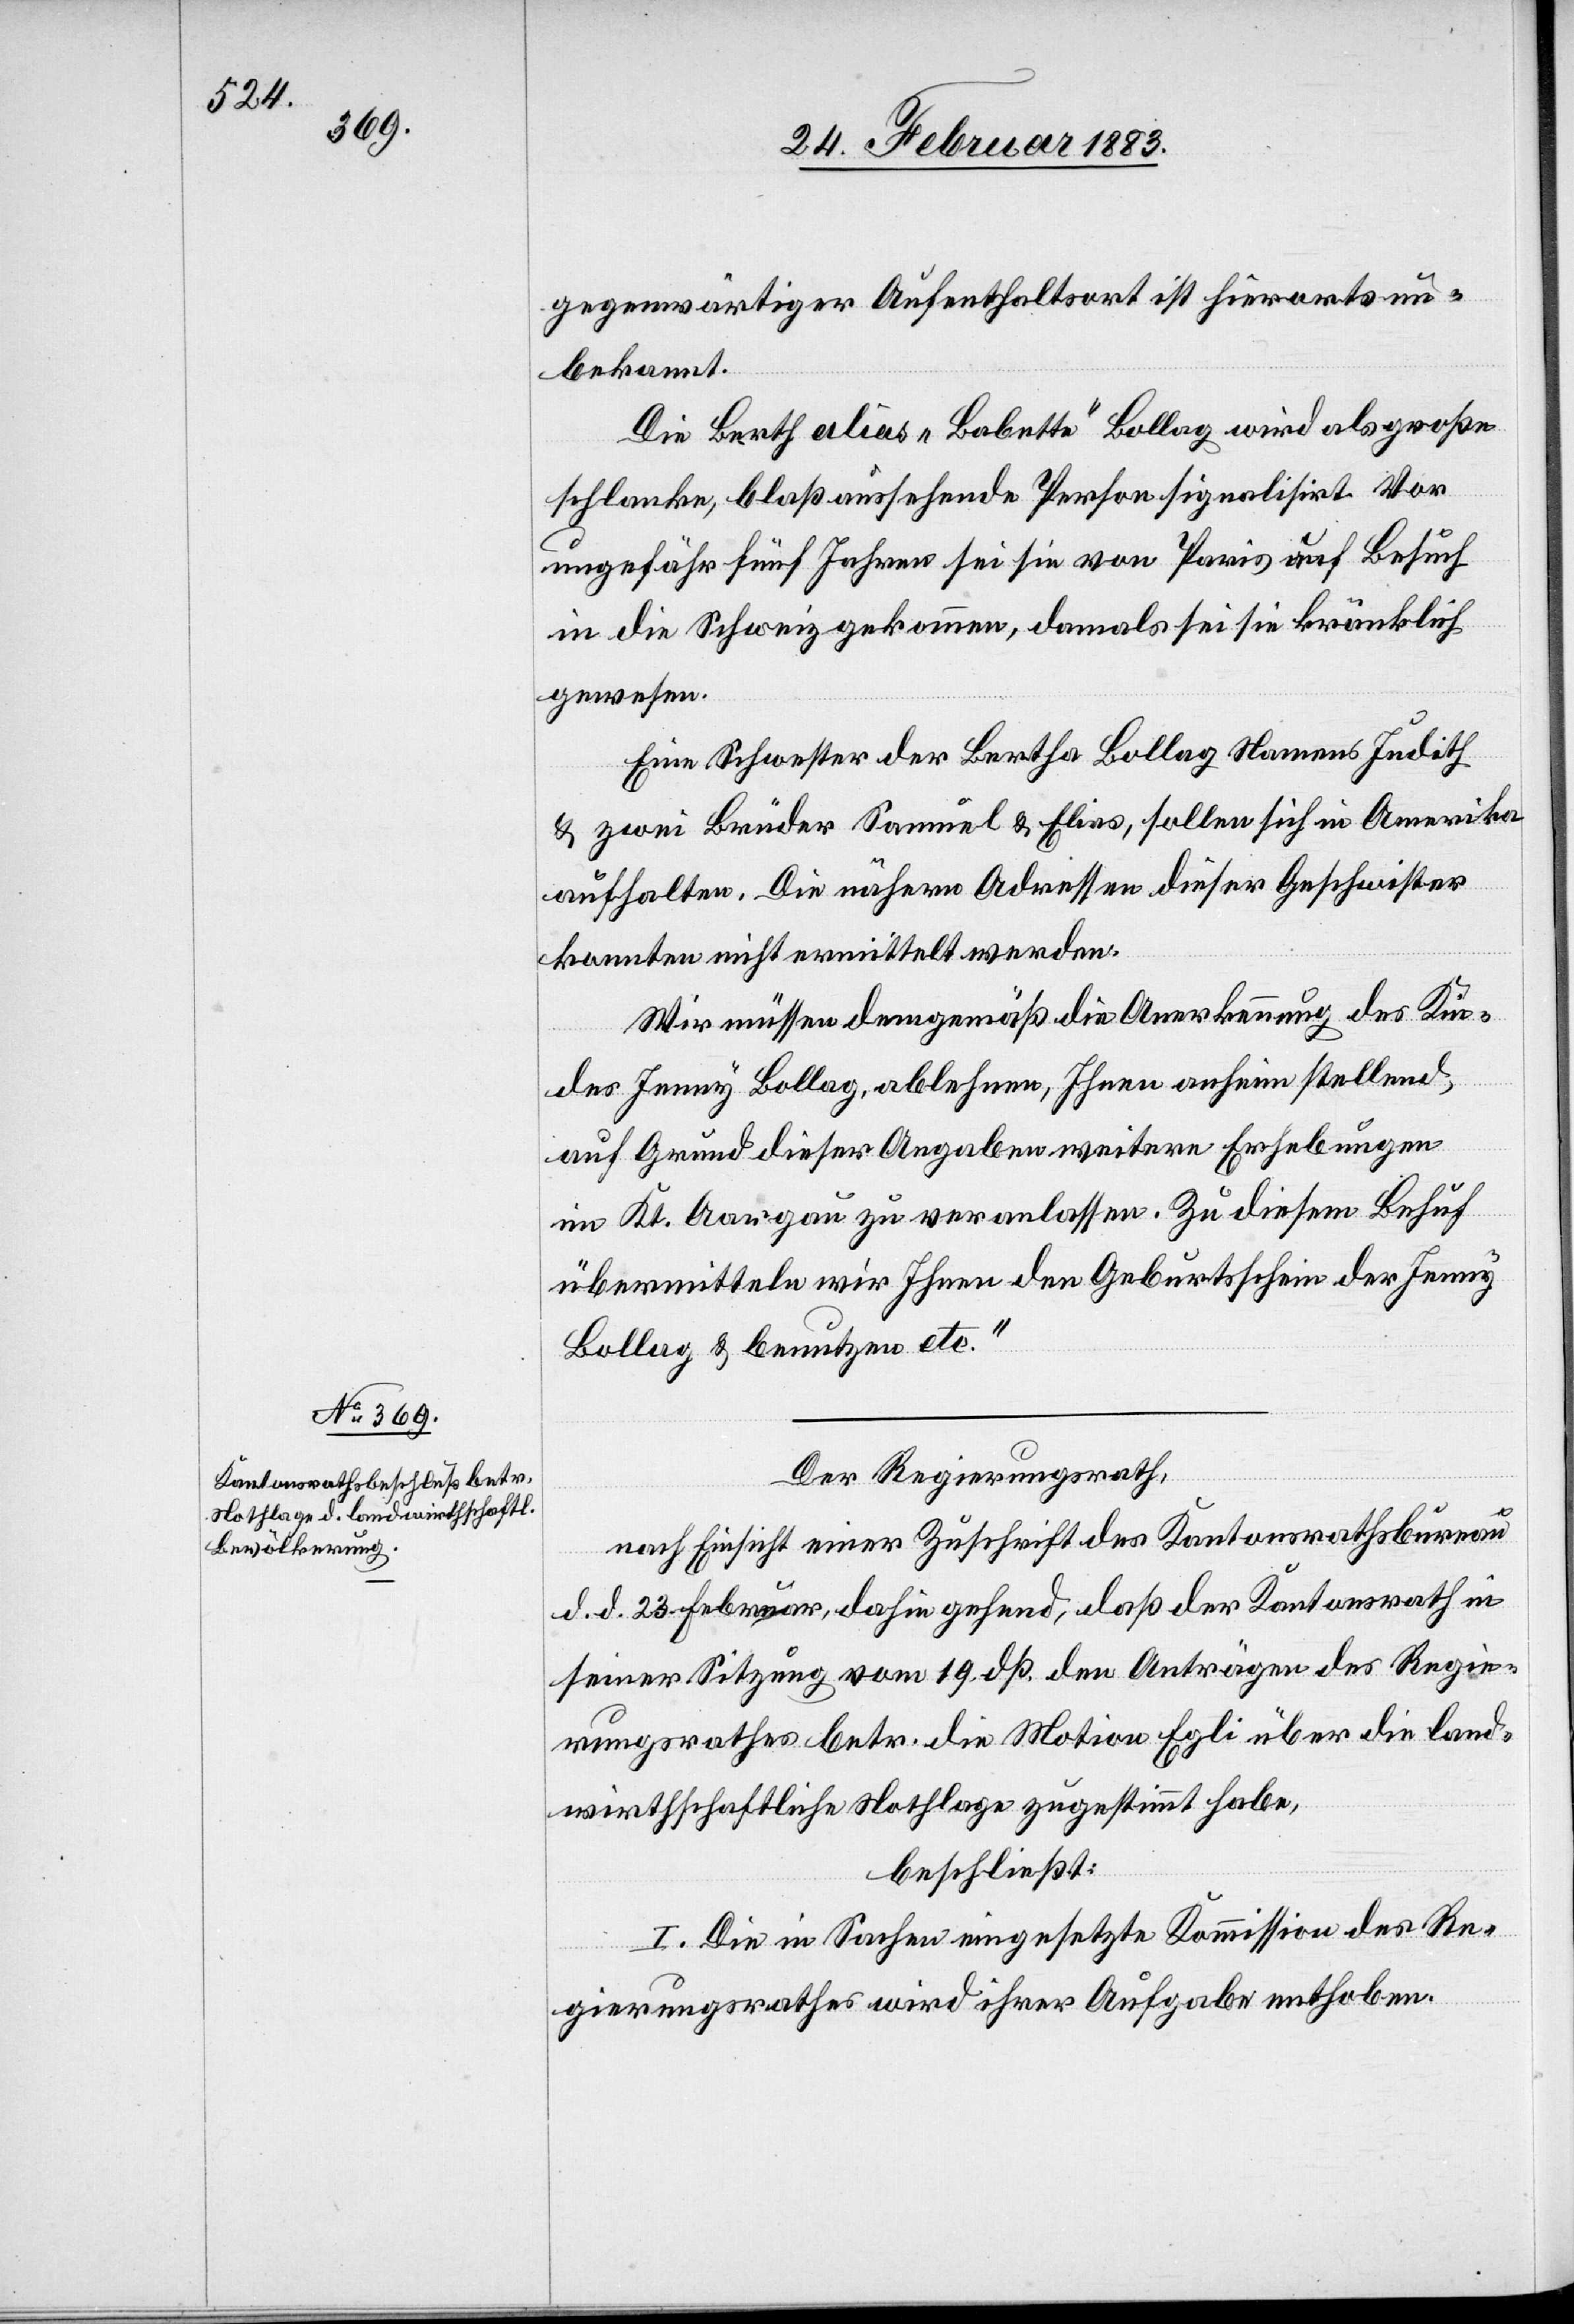
gegenwärtiger Aufenthaltsort ist hierorts un¬
bekannt.
Die Berth[a] alias „Babette“ Bollag wird als große
schlanke, blaß aussehende Person signalisirt. Vor
ungefähr fünf Jahren sei sie von Paris auf Besuch
in die Schweiz gekommen, damals sei sie kränklich
gewesen.
Eine Schwester der Bertha Bollag Namens Judith
& zwei Brüder Samuel & Elias, sollen sich in Amerika
aufhalten. Die nähern Adressen dieser Geschwister
konnten nicht ermittelt werden.
Wir müssen demgemäß die Anerkennung des Kin¬
des Jenny Bollag, ablehnen, Ihnen anhin stellend,
auf Grund dieser Angaben weitere Erhebungen
im Kt. Aargau zu veranlassen. Zu diesem Behuf
übermitteln wir Ihnen den Geburtsschein der Jenny
Bollag & benutzen etc.“
Der Regierungsrath,
nach Einsicht einer Zuschrift des Kantonsrathsbureau
d. d. 23. Februar, dahin gehend, daß der Kantonsrath in
seiner Sitzung vom 19. dß. den Anträgen des Regie¬
rungsrathes betr. die Motion Egli über die land¬
wirthschaftliche Nothlage zugestimmt habe,
beschließt:
I. Die in Sachen eingesetzte Kommission des Re¬
gierungsrathes wird ihrer Aufgabe enthoben.